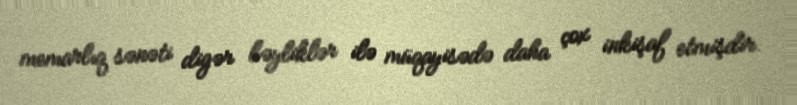
memarlıq sənəti digər bəyliklər ilə müqayisədə daha çox inkişaf etmişdir.